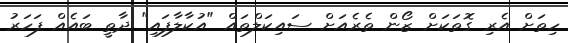
ހިތަށް އެރި ގޮތަކަށް ޒޯން ތެރެއަށް ސައިކަލްތައް "އުކާލާފައި" ދާތީ ބައެއް ފަހަރު